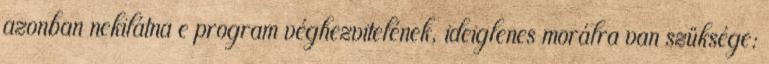
azonban nekilátna e program véghezvitelének, ideiglenes morálra van szüksége: